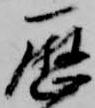
歴